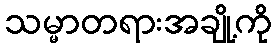
သမ္မာတရားအချို့ကို